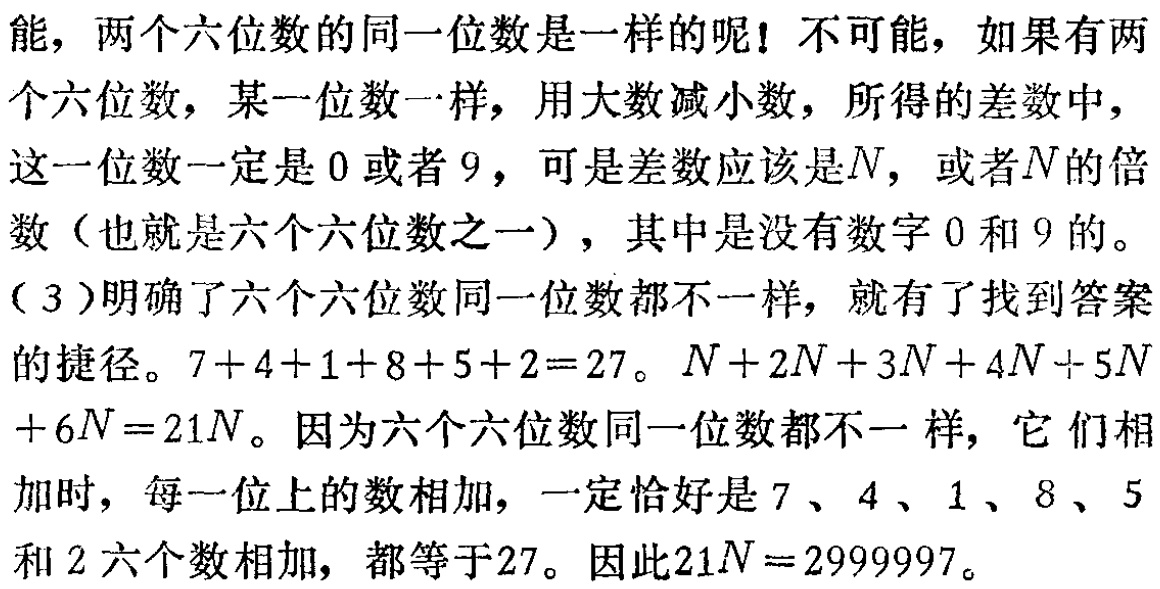
能，两个六位数的同一位数是一样的呢！不可能，如果有两个六位数，某一位数一样，用大数减小数，所得的差数中，这一位数一定是$0$或者$9$，可是差数应该是$N$，或者$N$的倍数（也就是六个六位数之一），其中是没有数字$0$和$9$的。

（3）明确了六个六位数同一位数都不一样，就有了找到答案的捷径。$7 + 4 + 1 + 8 + 5 + 2 = 27$。$N + 2N + 3N + 4N + 5N+ 6N = 21N$。因为六个六位数同一位数都不一样，它们相加时，每一位上的数相加，一定恰好是$7$、$4$、$1$、$8$、$5$和$2$六个数相加，都等于$27$。因此$21N = 2999997$。